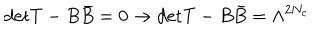
\mathrm { d e t } T - B \bar { B } = 0 \rightarrow \mathrm { d e t } T - B \bar { B } = \Lambda ^ { 2 N _ { c } }